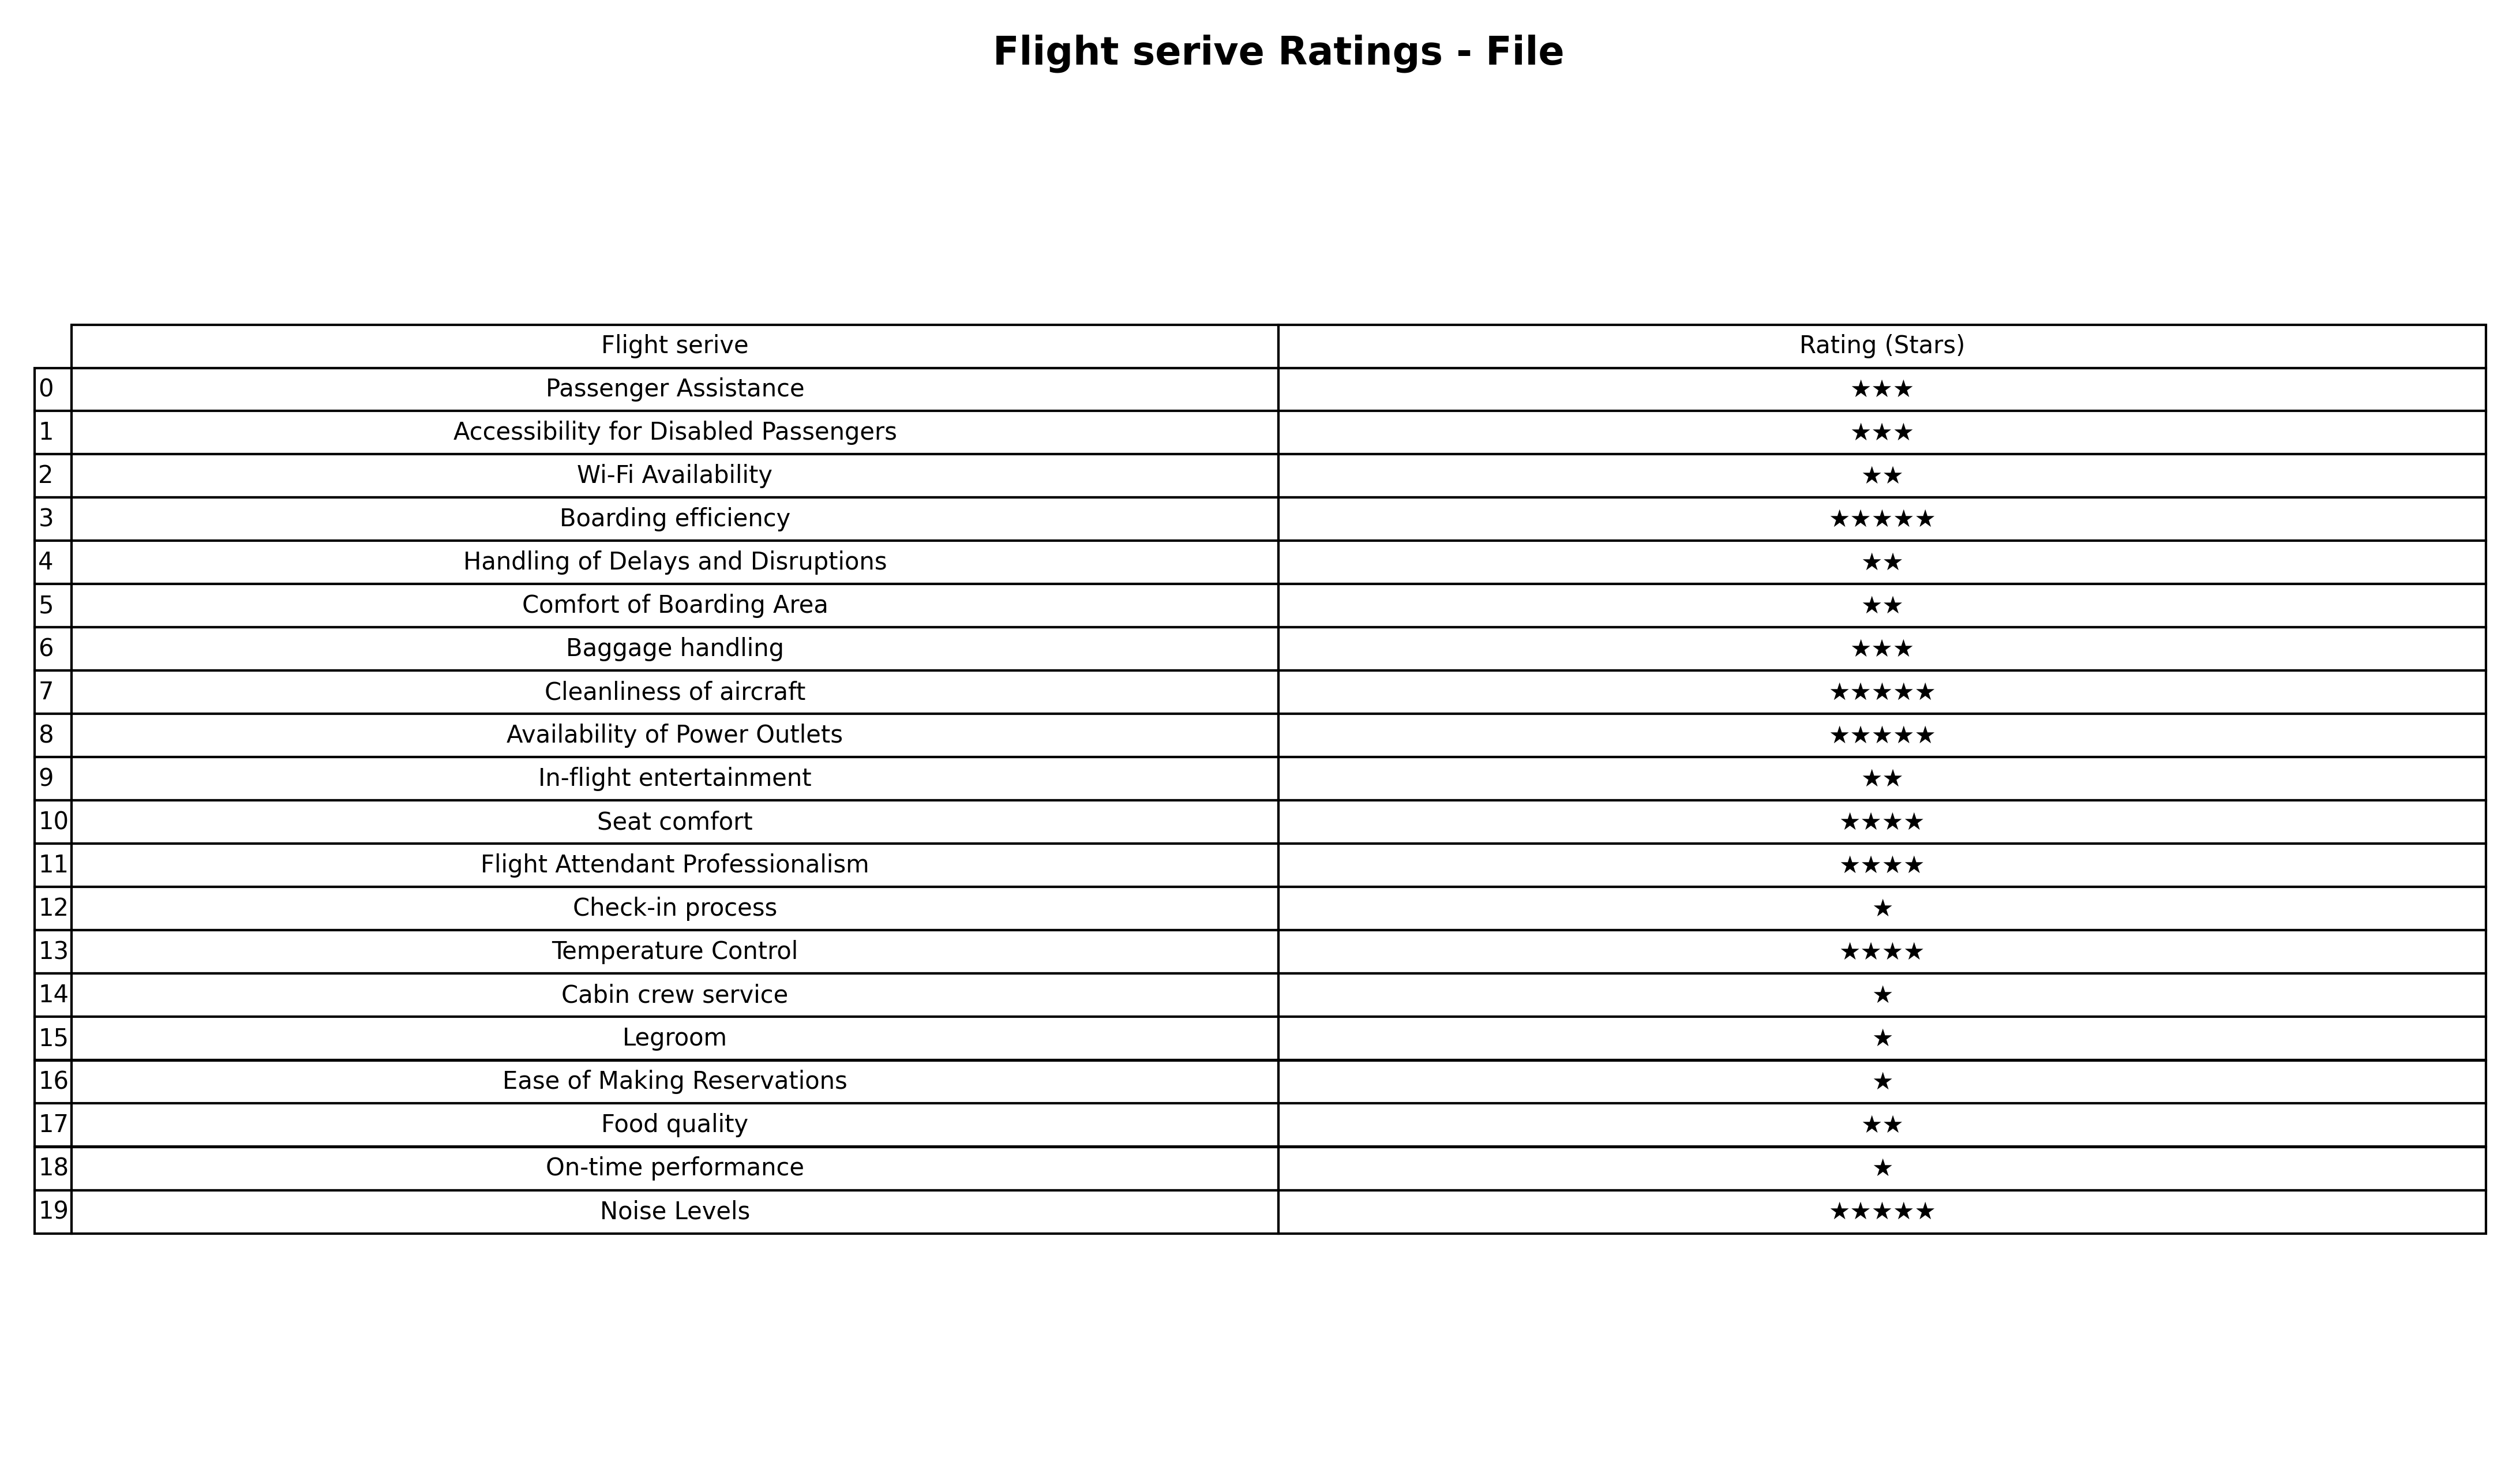
question: What are highest rating services?
answer: Check-in processCabin crew serviceLegroomEase of Making ReservationsOn-time performance